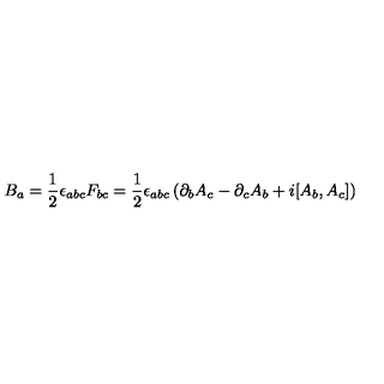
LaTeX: B _ { a } = { \frac { 1 } { 2 } } \epsilon _ { a b c } F _ { b c } = { \frac { 1 } { 2 } } \epsilon _ { a b c } \left( \partial _ { b } A _ { c } - \partial _ { c } A _ { b } + i [ A _ { b } , A _ { c } ] \right)